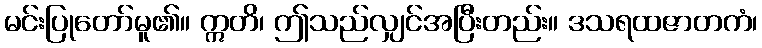
မင်းပြုတော်မူ၏။ ဣတိ၊ ဤသည်လျှင်အပြီးတည်း။ ဒသရထဇာတကံ၊